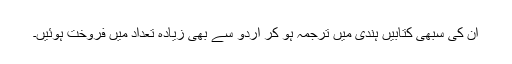
ان کی سبھی کتابیں ہندی میں ترجمہ ہو کر اردو سے بھی زیادہ تعداد میں فروخت ہوئیں۔